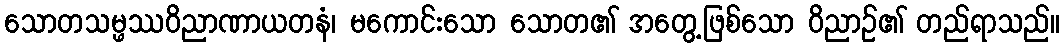
သောတသမ္ဖဿဝိညာဏာယတနံ၊ မကောင်းသော သောတ၏ အတွေ့ဖြစ်သော ဝိညာဉ်၏ တည်ရာသည်။